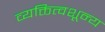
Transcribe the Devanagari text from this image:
व्यक्तित्वशून्य